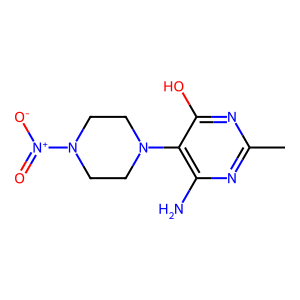
SMILES: Cc1nc(N)c(N2CCN([N+](=O)[O-])CC2)c(O)n1
Inhibits HIV replication: No